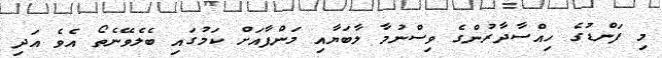
މި ފަންޑުގެ ހިއްސާދާރުންގެ ވިސްނުމާ ލާބަޔާއި މަންފާއަށް ކަމުގައި ބެލެވޭނެތޯ އެވެ އަދި